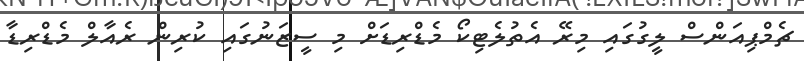
ޗެމްޕިއަންސް ލީގުގައި މިރޭ އެތުލެޓިކޯ މެޑްރިޑަށް މި ސީޒަނުގައި ކުރިން ރެއާލް މެޑްރިޑާ